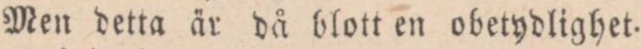
Men detta är då blott en obetydlighet.